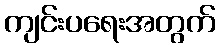
ကျင်းပရေးအတွက်